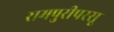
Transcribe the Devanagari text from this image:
रामपुरीपरसू